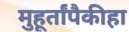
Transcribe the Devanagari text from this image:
मुहूर्तांपैकीहा